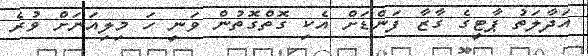
އަދާލަތު ޕާޓީގެ ގާޒާ ފަންޑަށް އެކި ގޮތްގޮތުން ވަނީ ހަ މިލިއަނަށް ވުރެ